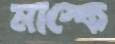
মাস্কে